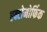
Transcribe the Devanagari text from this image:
एक्टोमोर्फिक